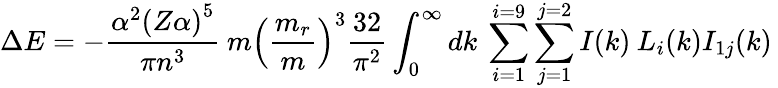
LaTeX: \Delta E=-\frac{\alpha^{2}\left(Z\alpha\right)^{5}}{\pi n^{3}}\: {m}\left(\frac{m_{r}}{m}\right)^{3}\frac{32}{\pi^{2}}\int_{0}^{\infty}dk\: \sum_{i=1}^{i=9}\sum_{j=1}^{j=2}{I}(k)\: L_{i}(k){I}_{1j}(k)\: